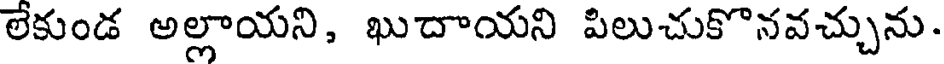
లేకుండ అల్లాయని, ఖుదాయని పిలుచుకొనవచ్చును.